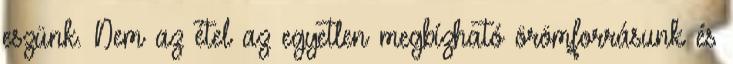
eszünk. Nem az étel az egyetlen megbízható örömforrásunk és